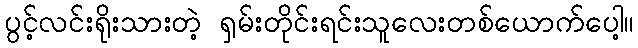
ပွင့်လင်းရိုးသားတဲ့ ရှမ်းတိုင်းရင်းသူလေးတစ်ယောက်ပေါ့။